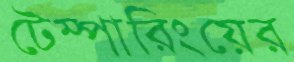
টেম্পারিংয়ের